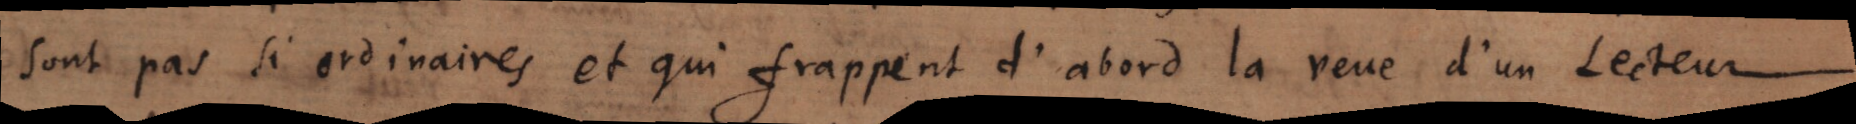
sont pas si ordinaires et qui frappent d’abord la veue d’un Lecteur